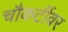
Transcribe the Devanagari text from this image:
चौकटींवर